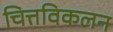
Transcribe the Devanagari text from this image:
चित्तविकलन